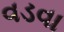
વડવા